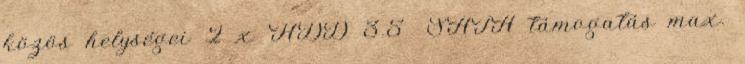
közös helységei 2 x HDD 3.5 SATA támogatás max.